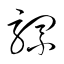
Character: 騾